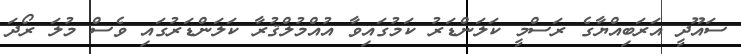
ސައޫދީ އަރަބިއްޔާގެ ރަސްމީ ކަލަންޑަރު ކަމުގައިވާ އުއްމުލްޤުރާ ކަލަންޑަރުގައި ވެސް މުލަ ރޯދަ